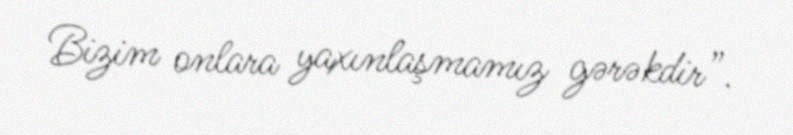
Bizim onlara yaxınlaşmamız gərəkdir”.